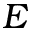
E